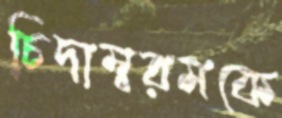
চিদাম্বরমকে